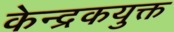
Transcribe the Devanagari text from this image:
केन्द्रकयुक्त